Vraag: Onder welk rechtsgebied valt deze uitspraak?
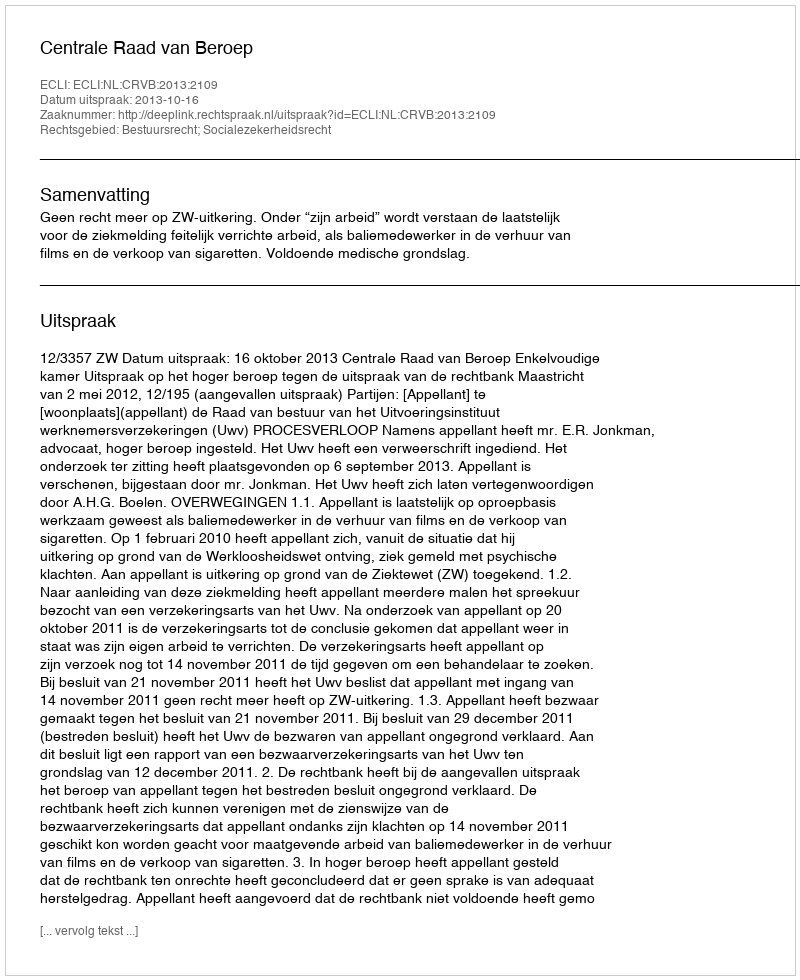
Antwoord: Bestuursrecht; Socialezekerheidsrecht